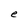
Character: e